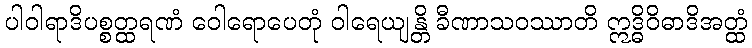
ပါဝါရာဒိပစ္စတ္ထရဏံ ဝေါရောပေတုံ ဝါရေယျန္တိ ခီဏာသဝဿာတိ ဣဒ္ဓိဝိဓာဒိအတ္ထံ